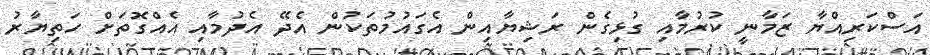
އަސްކަރިއްޔާ ޒަމާނީ ކުރުމާއި ގުޅިގެން ރަޝިޔާއިން އެގައުމުތަކުން އެދޭ އެދުމާއި އެއްގޮތަށް ހަތިޔާރު